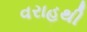
વરાહથી